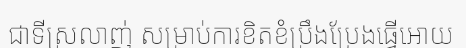
ជាទីស្រលាញ់ សម្រាប់ការខិតខំប្រឹងប្រែងធ្វើអោយ